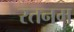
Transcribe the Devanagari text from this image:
रतनम